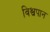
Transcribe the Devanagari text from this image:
विश्वपान